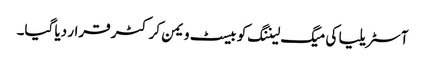
آسٹریلیا کی میگ لیننگ کو بیسٹ ویمن کرکٹر قرار دیا گیا۔